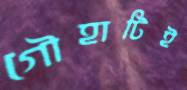
গৌহাটিই